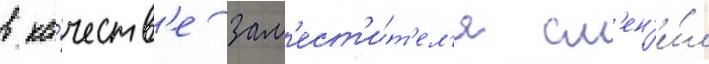
в ка́честв'е зам'ест'и́т'ел'я см'ен'и́л